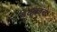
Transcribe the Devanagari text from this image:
बदकांचे